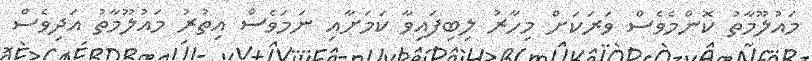
މައުލޫމާތު ކޮންމެވެސް ވަރަކަށް މިހާރު ލިބިފައިވާ ކަމަށާއި ނަމަވެސް އިތުރު މައުލޫމާތު އަދިވެސް